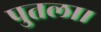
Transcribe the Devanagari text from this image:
पुतला।